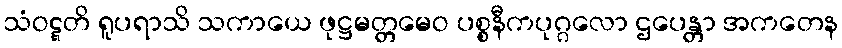
သံဝဋ္ဋတိ ရူပရာသိ သကာယေ ဖုဋ္ဌမတ္တမေဝ ပစ္စနီကပုဂ္ဂလော ဌပေန္တာ အကတေန